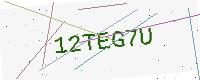
Text: 12TEG7U